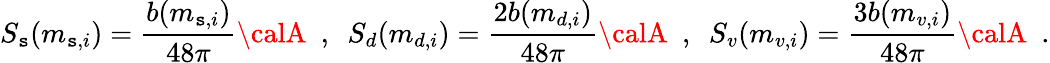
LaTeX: S_{\mathtt{s}}(m_{\mathtt{s},i})={\frac{{b(m_{\mathtt{s},i})}}{{48\pi}}}{\calA}~~,~~S_{d}(m_{d,i})={\frac{{2b(m_{d,i})}}{{48\pi}}}{\calA}~~,~~S_{v}(m_{v,i})={\frac{{3b(m_{v,i})}}{{48\pi}}}{\calA}~~.